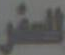
السفر